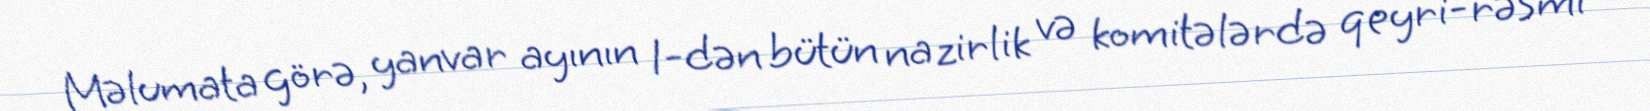
Məlumata görə, yanvar ayının 1-dən bütün nazirlik və komitələrdə qeyri-rəsmi